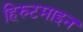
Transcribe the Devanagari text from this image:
हिस्र्टमाइन